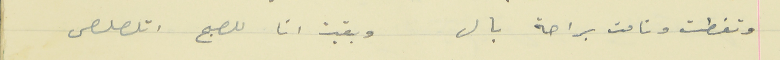
وتغطت ونامت براحة بال                                  وبقيت انا للصبح اتلصلص